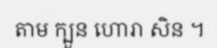
តាម ក្បួន ហោរា សិន ។